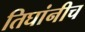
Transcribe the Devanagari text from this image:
तिघांनीच